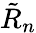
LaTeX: {\tilde{R}}_{n}